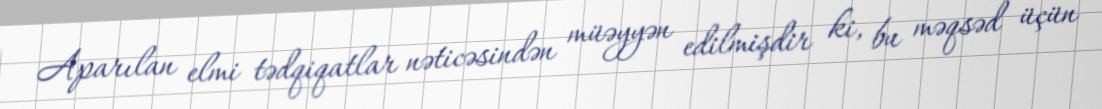
Aparılan elmi tədqiqatlar nəticəsindən müəyyən edilmişdir ki, bu məqsəd üçün